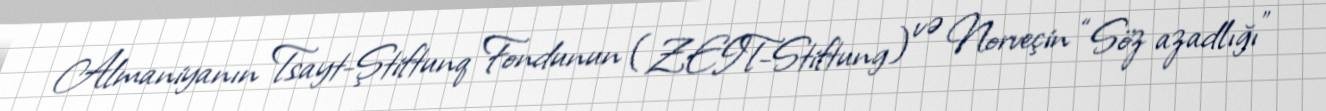
Almaniyanın Tsayt-Ştiftunq Fondunun (ZEIT-Stiftung) və Norveçin “Söz azadlığı”